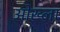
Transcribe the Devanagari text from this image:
ओख्ला